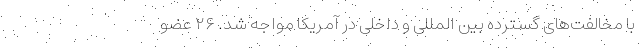
با مخالفت‌های گسترده بین المللی و داخلی در آمریکا مواجه شد. ۲۶ عضو